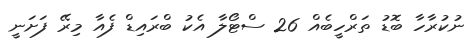
ނުކުރާހާ ބޮޑު ތަރްހީބެއް 26 ސްޓޯލާ އެކު ބްރައިޑް ފެއާ މިރޭ ފަށަނީ